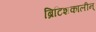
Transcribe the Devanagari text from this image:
ब्रिटिशकालीन्